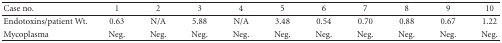
| Case no. | 1 | 2 | 3 | 4 | 5 | 6 | 7 | 8 | 9 | 10 |
 | --- | --- | --- | --- | --- | --- | --- | --- | --- | --- | --- |
 | Endotoxins/patient Wt. | 0.63 | N/A | 5.88 | N/A | 3.48 | 0.54 | 0.70 | 0.88 | 0.67 | 1.22 |
 | Mycoplasma | Neg. | Neg. | Neg. | Neg. | Neg. | Neg. | Neg. | Neg. | Neg. | Neg. |